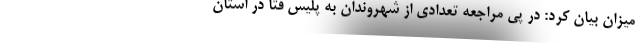
میزان بیان کرد: در پی مراجعه تعدادی از شهروندان به پلیس فتا در استان